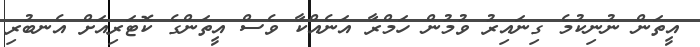
އީތަން ނުނިކުމެ ގިނައިރު ވުމުން ހަމްރާ އަނެއްކާ ވެސް އީތަންގެ ކޮޓަރިއަށް އެނބުރި